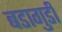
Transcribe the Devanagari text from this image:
बडागुडी